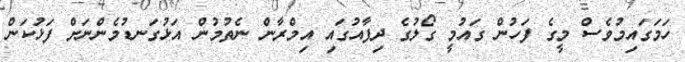
ހަމަގައިމުވެސް މީގެ ފަހުން ގައުމީ ގޯލުގެ ދިފާއުގައި އިމްރާން ނެތުމުން އަޅުގަނޑުމެންނަށް ފަޅުކަން